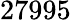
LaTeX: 27995